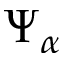
\Psi _ { \alpha }